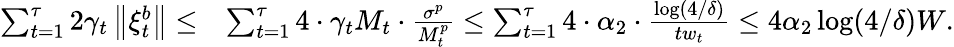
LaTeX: \begin{array}{rl}{\sum_{t=1}^{\tau}2\gamma_{t}\left\Vert\xi_{t}^{b}\right\Vert\leq}&{\sum_{t=1}^{\tau}4\cdot\gamma_{t}M_{t}\cdot\frac{\sigma^{p}}{M_{t}^{p}}\leq\sum_{t=1}^{\tau}4\cdot\alpha_{2}\cdot\frac{\log(4/\delta)}{tw_{t}}\leq 4\alpha_{2}\log(4/\delta)W.}\end{array}